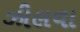
ઝીલવા